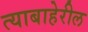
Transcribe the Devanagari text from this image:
त्याबाहेरील